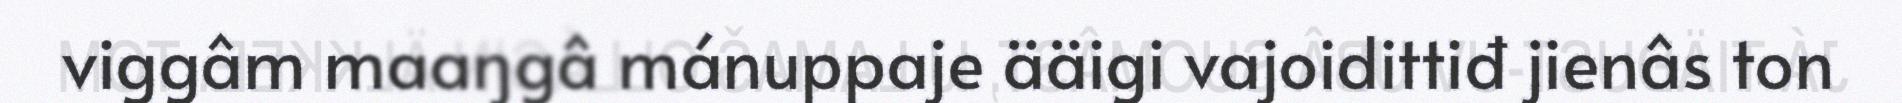
viggâm maaŋgâ mánuppaje ääigi vajoidittiđ jienâs ton